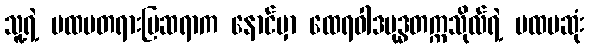
သူ့ရဲ့ ပထမတရားပြဆရာက နောင်မှာ ထေရဝါဒဗုဒ္ဓတက္ကသိုလ်ရဲ့ ပထမဆုံး